King Institute of Preventive Medicine Micro-Biological Section reports 1912-19
Year: 1912
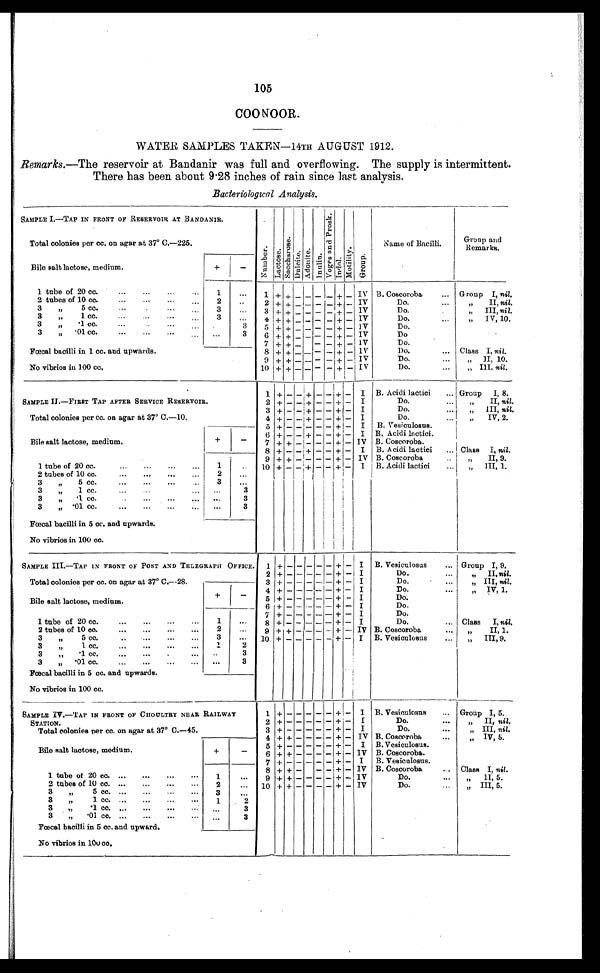
105
COONOOR.
WATER SAMPLES TAKEN—14TH AUGUST 1912.
Remarks.—The reservoir at Bandanir was full and overflowing. The supply is intermittent.
There has been about 9.28 inches of rain since last analysis.
Bacteriological Analysis.
SAMPLE I.—TAP IN FRONT OF RESERVOIR AT BANDANIR.
N u m b e r . L a c t o s e . S a c c h a r o s e . D u l c i t e . A d o n i t e . I n u l i n . V o g e s a n d P r o s k . I n d o l . M o t i l i t y . G r o u p .
Name of Bacilli.
Group and
Remarks.
Total colonies per cc. on agar at 37º C.—225.
Bile salt lactose, medium.
+
-
1 tube of 20 cc
1
...
1 + + - -
- -
+ - IV B. Coscoroba
Group I, nil.
2 tubes of 10 cc.
2
. . .
2 + +
- -
-
-
+
-
IV
Do.
"
II, nil.
3
" 5cc.
3
3
. . .
3
+
+
- -
-
-
+
-
IV
Do.
"
III, nil.
3
"
1 cc.
3
. . .
4 + + - - -
- + - IV
Do.
" IV, 10.
3
"
.1 cc.
. . .
3
5
+
+
- -
- - + - IV
Do.
3
" .01 cc.
. . .
3
6
+ + - -
-
-
+ - IV
Do
Fœcal bacilli in 1 cc. and upwards.
7
+
+
- -
- - + - IV
Do.
8 + + -
-
- - +
-
IV
Do.
Class I, nil.
No vibrios in 100 cc.
9
+ +
- -
-
-
+ -
IV
Do.
" II, 10.
10 + + -
-
- -
+ -
IV
Do.
" III, nil.
SAMPLE II—FIRST TAP AFTER SERVICE RESERVOIR
1 + - -
+
- - +
-
I B. Acidi lactici
G r o u p I , 8 .
2 + - -
+
- - + - I
Do.
"
II, nil.
Total colonies per cc. on agar at 37º C.—10.
3 + - -
+
- -
+
- I
Do.
"
III, nil.
4 + - -
+
- - +
-
I
Do.
" I V , 2 .
Bile salt lactose, medium.
+
-
5
+ -
- - - -
+
-
I B. Vesiculosus.
6
+ -
-
+
- - +
-
I B. Acidi lactici.
7 + + - - - - + - IV B. Coscoroba.
1 tube of 20 cc.
1
. . .
8 +
-
- + - - + - I B. Acidi lactici
Class I, nil.
9 + + -
-
- - + - IV B. Coscoroba
"
II, 9.
10
+
-
-
+ - - + - I B. Acidi lactici
" III, 1.
2 tubes of 10 cc.
2
...
3
"
5 cc.
3
...
3
"
1 cc.
. . .
3
3
"
.1 cc.
. . .
3
3
" .01 cc.
. . .
3
Fœcal bacilli in 5 cc. and upwards.
No vibrios in 100 cc.
SAMPLE III.—TAP IN FRONT OF POST AND TELEGRAPH OFFICE. 1 +
- - - - -
+
-
I B. Vesiculosus
Group I, 9.
2 + - - - - - + - I
Do.
"
II, nil.
Total colonies per cc. on agar at 37º C.—28.
3
+ - - - - - + - I
Do.
" III, nil.
Bile salt lactose, medium.
+
-
4 + - - - - - +
-
I
Do.
" IV, 1.
5 + - - - - - + - I
Do.
6 + -
-
- -
-
+
-
I
Do.
1 tube of 20 cc.
1
. . .
7
+
-
-
- - -
+ -
I
Do.
8 + - - -
-
- + - I
Do.
Class I, nil.
2 tubes of 10 cc.
2
. . .
9 + + - - - - +
-
IV B. Coscoroba
"
II, 1.
3
"
5 cc.
3
. . .
10 + - -
-
- - + - II B. Vesiculosus
"
III, 9.
3
"
1 cc.
. . .
3
3
"
.1 cc.
. . .
3
3
" .01 cc.
. . .
3
Fœcal bacilli in 5 cc. and upwards.
No vibrios in 100 cc.
SAMPLE IV.—TAP IN FRONT OF CHOULTRY NEAR RAILWAY
STATION.
1
+
-
- - - -
+
-
I B. Vesiculosus
Group I, 5.
2 +
- - - - -
+ - I
Do.
"
II, nil.
Total colonies per cc. on agar at 37º C.—45.
3 + - - - - - + - I
Do.
" III, nil.
Bile salt lactose, medium.
+
-
4 + + - - - - + - IV B. Coscoroba
" IV, 5.
5
+ - - - - -
+ - I B. Vesiculosus.
6 + + - - - - + - IV B. Coscoroba.
7
+ - - - - - + -
I B. Vesiculosus.
1 tube of 20 cc.
1
. . .
8 + + -
-
- - + - IV B. Coscoroba
Class I, nil.
9 + + - - -
-
+
-
IV
Do.
"
II, 5.
2 tubes of 10 cc.
2
. . .
10 + + - - - - + - IV
Do.
" III, 5.
3
"
5 cc.
3
. . .
3
"
1 cc.
1
2
3
"
.1 cc.
. . .
3
3
"
.01 cc.
. . .
3
Fœcal bacilli in 5 cc. and upward.
No vibrios in 100 cc.